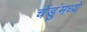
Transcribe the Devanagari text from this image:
चेंडुंमध्ये